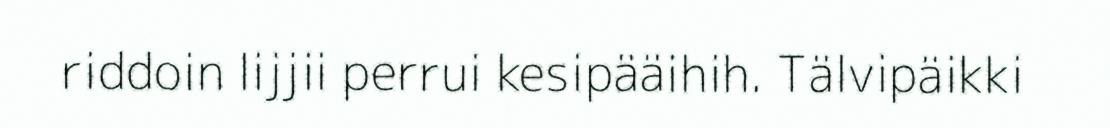
riddoin lijjii perrui kesipääihih. Tälvipäikki